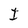
Character: I